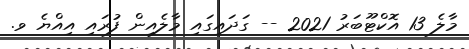
މާލެ 13 އޮކްޓޫބަރު 2021 -- ގަދައިގައި މާލެއިން ފުރައި އިއްޔެ ވ.